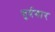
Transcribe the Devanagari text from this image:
बुर्दवार